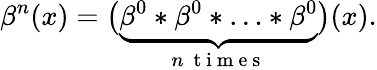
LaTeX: \beta^{n}(x)=\big(\underbrace{\beta^{0}*\beta^{0}*\ldots*\beta^{0}}_{n\ \mathrm{~t~i~m~e~s~}}\big)(x).